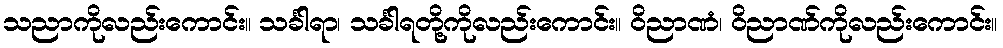
သညာကိုလည်းကောင်း။ သင်္ခါရာ၊ သင်္ခါရတို့ကိုလည်းကောင်း။ ဝိညာဏံ၊ ဝိညာဏ်ကိုလည်းကောင်း။